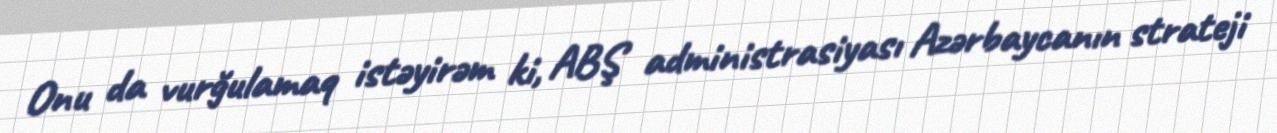
Onu da vurğulamaq istəyirəm ki, ABŞ administrasiyası Azərbaycanın strateji